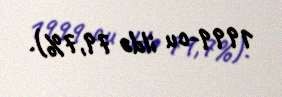
1999-cu ildə 79,7%).